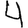
Digit: 4